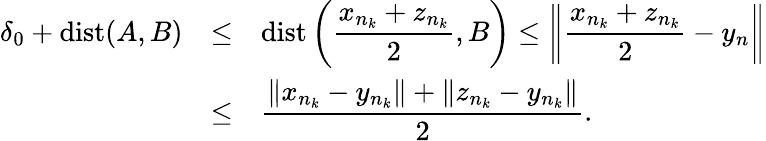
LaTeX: \begin{array}{lll}{\delta_{0}+\mathrm{dist}(A,B)}&{\leq}&{\mathrm{dist}\displaystyle\left(\frac{x_{n_{k}}+z_{n_{k}}}{2},B\right)\leq\left\| \frac{x_{n_{k}}+z_{n_{k}}}{2}-y_{n}\right\| }\\ &{\leq}&{\displaystyle\frac{\| x_{n_{k}}-y_{n_{k}}\| +\| z_{n_{k}}-y_{n_{k}}\| }{2}.}\end{array}